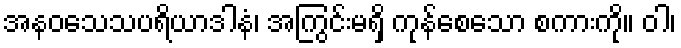
အနဝသေသပရိယာဒါနံ၊ အကြွင်းမရှိ ကုန်စေသော စကားကို။ ဝါ၊